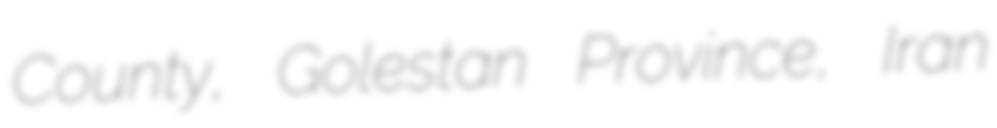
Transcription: County, Golestan Province, Iran